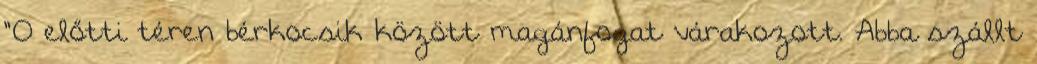
"O előtti téren bérkocsik között magánfogat várakozott. Abba szállt